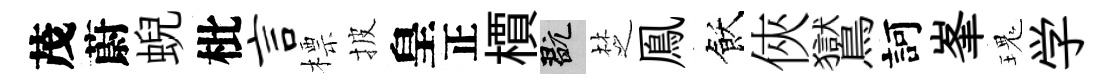
茂蔚蜺枇言標披皇正檟玩椘鳯飫俠鸑訶峯瑰学